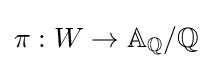
\pi :W\to \mathbb {A} _{\mathbb {Q} }/\mathbb {Q}